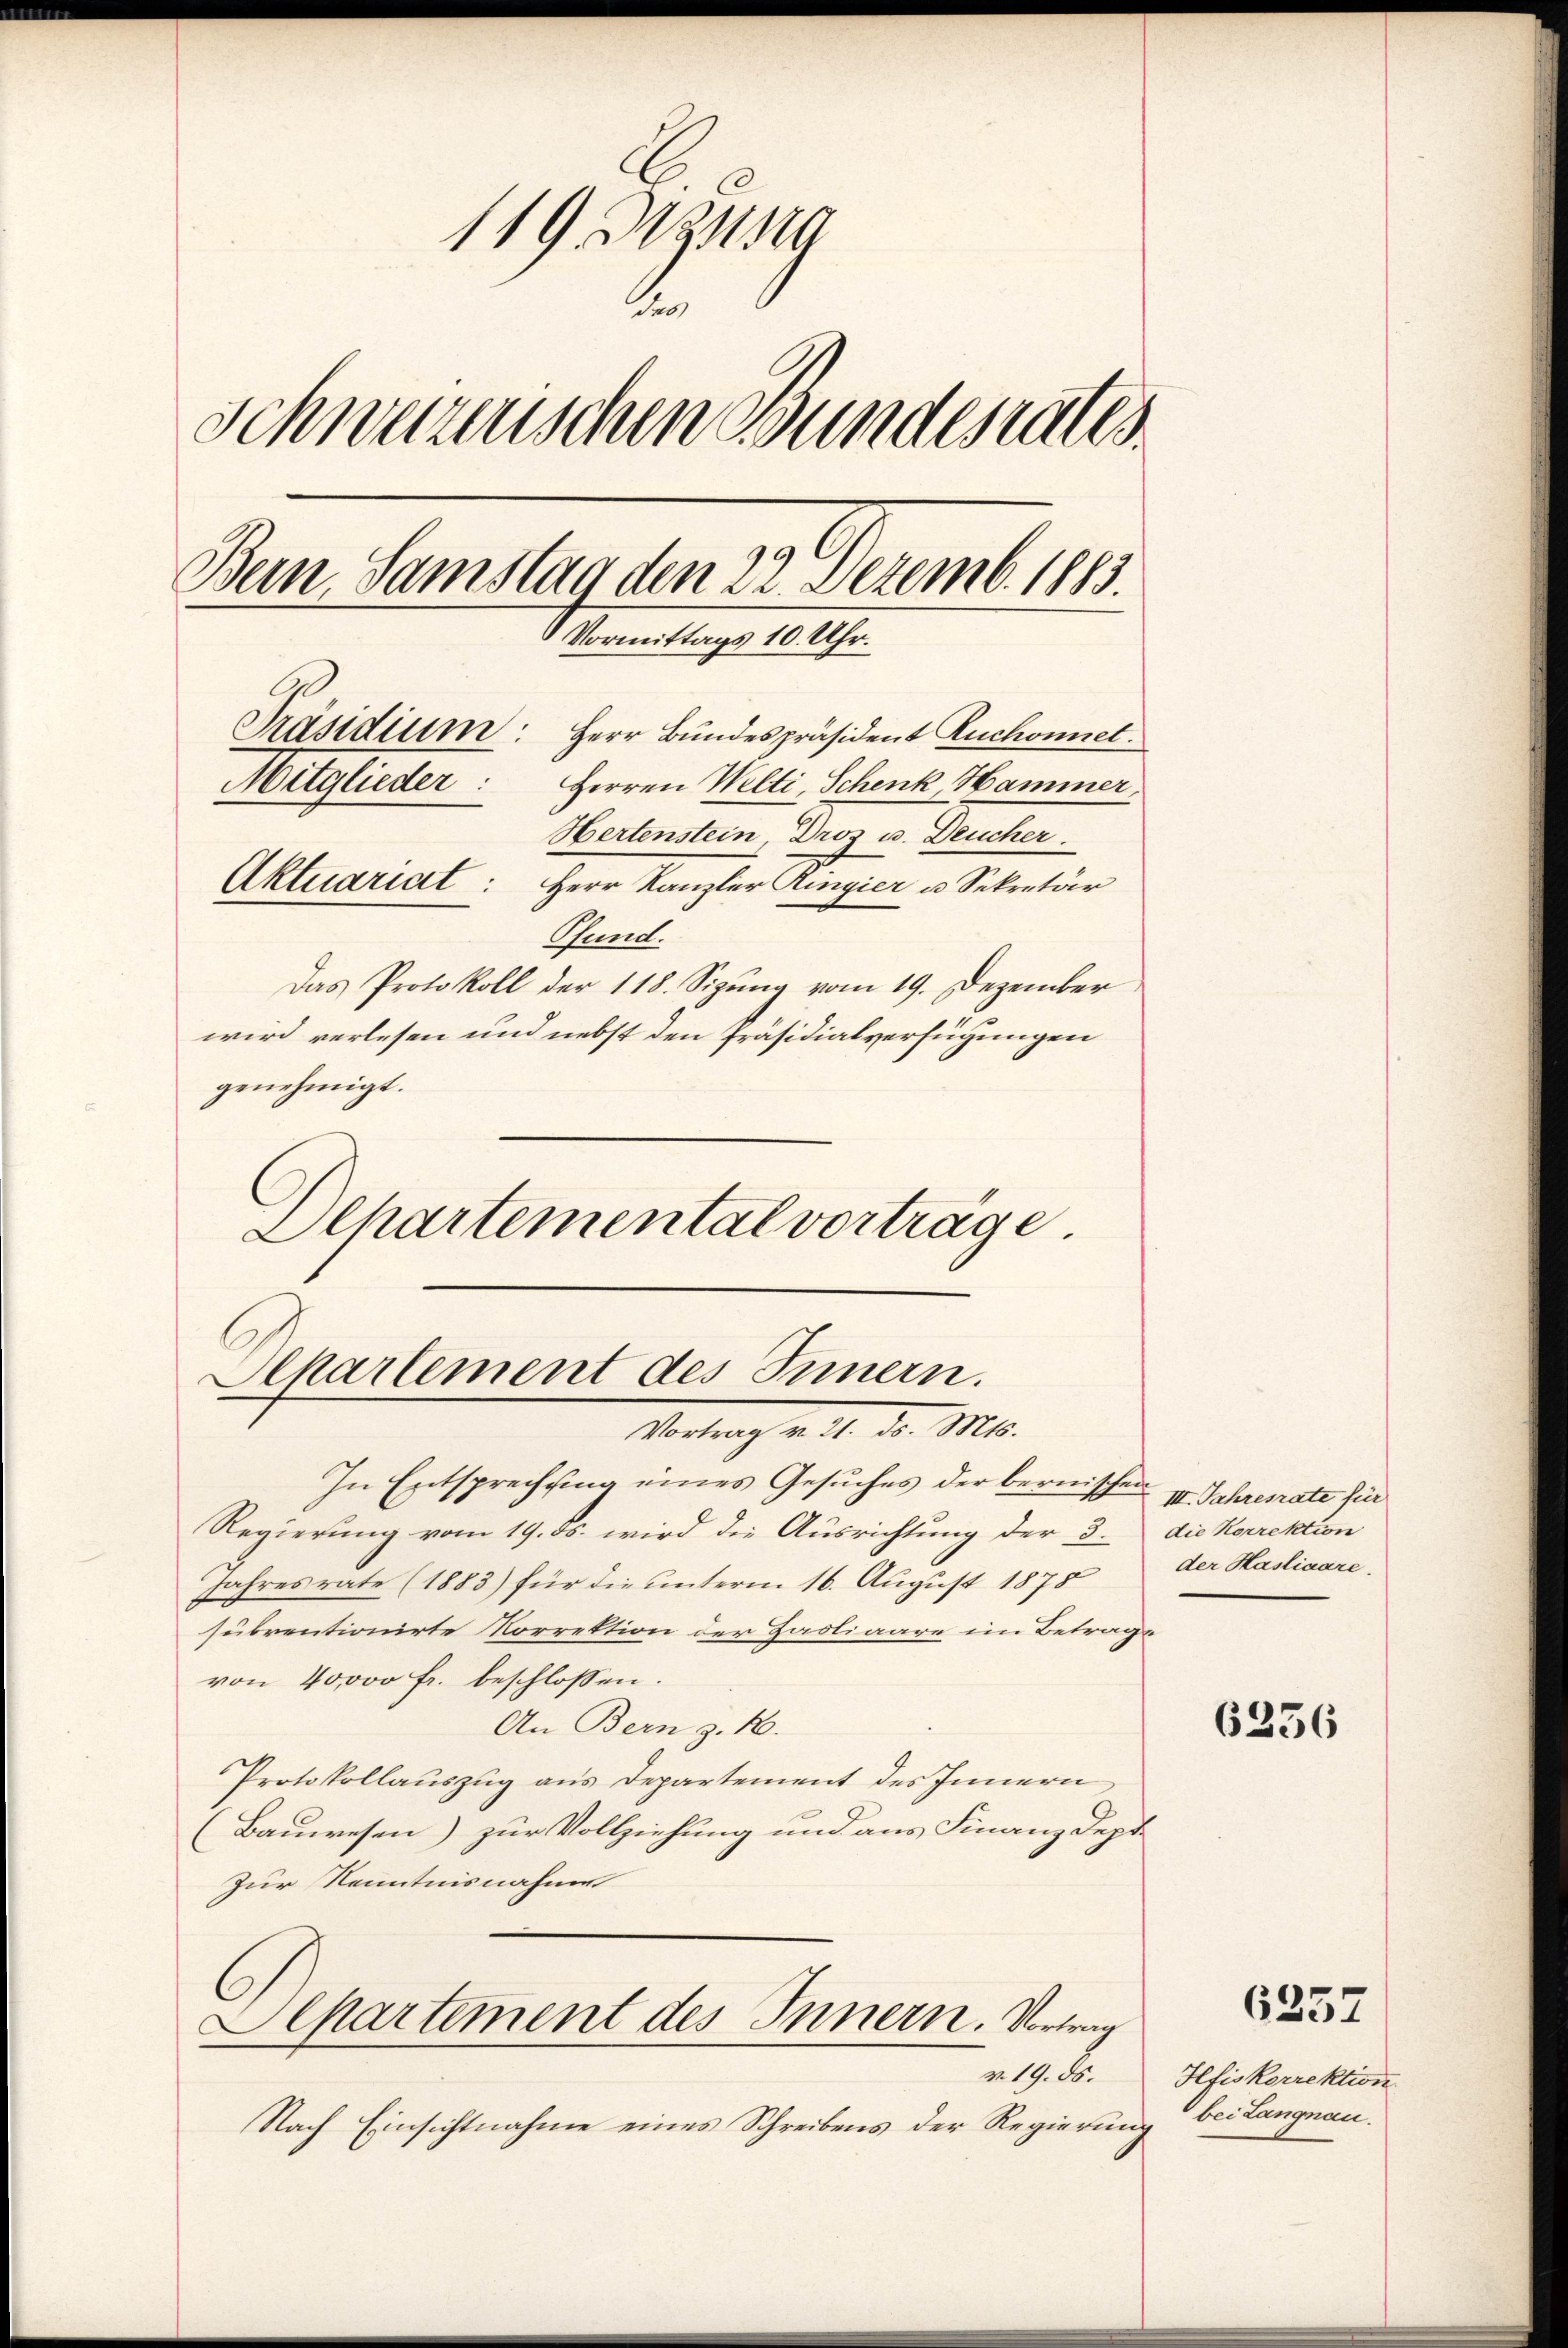
119 zuna
6
Schweizerischen Bundesrates
Bein Samstag den 22. Dezemb. 1883.
Vormittags 10. Uhr.
Präsidium
Herr Bundespräsident Ruchonnet.
Mitglieder: Herren Welti, Schenk, Hammer,
Hertenstein, Droz. v. Deucher
Aktuariat: Herr Kanzler Ringier u. Sekretär
Pfund.
Das Protokoll der 118. Sizung vom 19. Dezember
wird verlesen und nebst den Präsidialverfügungen
genehmigt.

Dehartemental vorträge

Alkartement des Innern.
Vortrag v. 14. d. Mts.

In Entsprechung eines Gesuches der bernischen
Regierung vom 19. ds. wird die Ausrichtung der 3.
Jahres rate (1883) für die unterm 16. August 1875
subrentionirte Korrektion der Paoliaare im Betrage
von 40000 fr. beschlossen:
An Bern z. B.
Protokollauszug aus Departement des Innern
Bauwesen) zur Vollziehung und aus Finanzdept
Zur Kenntnisnahme
Separtement des Innern. Vortrag
v. 19. ds.
Nach Einsichtnahme eines Schreibens der Regierung

III. Jahresrate für
die Korrektion
der Hasliaare.

6336

6257

Hfiskorrektion
bei Langnau.